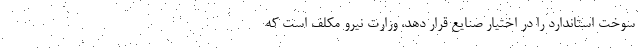
سوخت استاندارد را در اختیار صنایع قرار دهد، وزارت نیرو مکلف است که